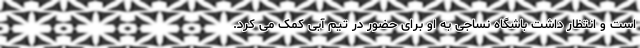
است و انتظار داشت باشگاه نساجی به او برای حضور در تیم آبی کمک می کرد.